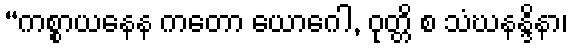
“ကစ္စာယနေန ကတော ယောဂေါ, ဝုတ္တိ စ သံဃနန္ဒိနာ၊